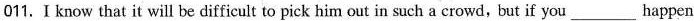
011. I know that it will be difficult to pick him out in such a crowd, but if you ___ happen